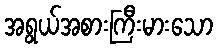
အရွယ်အစားကြီးမားသော